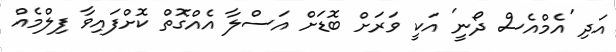
އަދި 'އެމްއެސް ދޯނީ' އަކީ ވަރަށް ބޮޑަށް އަސްލާ އެއްގޮތް ކޮށްފައިވާ ފިލްމެއް